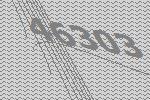
46303